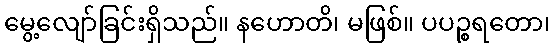
မွေ့လျော်ခြင်းရှိသည်။ နဟောတိ၊ မဖြစ်။ ပပဉ္စရတော၊